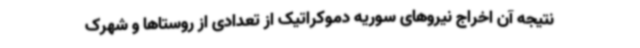
نتیجه آن اخراج نیروهای سوریه دموکراتیک از تعدادی از روستاها و شهرک